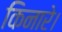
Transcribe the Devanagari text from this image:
किनारे।